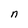
Character: n